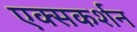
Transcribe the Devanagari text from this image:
एक्सकर्शन